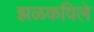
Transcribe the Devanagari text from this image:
झळकविले